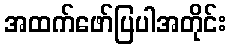
အထက်ဖော်ပြပါအတိုင်း